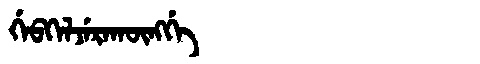
Manchu: ᡤᡝᠪᡴᡝᠯᠵᡝᡵᠠᡴᡡᠩᡤᡝ
Romanization: GEBKELJERAKŪNGGE